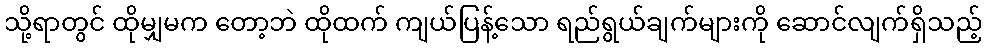
သို့ရာတွင် ထိုမျှမက တော့ဘဲ ထိုထက် ကျယ်ပြန့်သော ရည်ရွယ်ချက်များကို ဆောင်လျက်ရှိသည့်